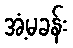
အံ့မခန်း